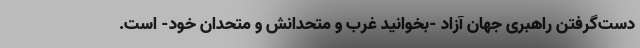
دست‌گرفتن راهبری جهان آزاد -بخوانید غرب و متحدانش و متحدان خود- است.